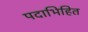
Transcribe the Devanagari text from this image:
पदाभिहित